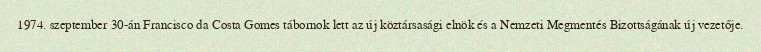
1974. szeptember 30-án Francisco da Costa Gomes tábornok lett az új köztársasági elnök és a Nemzeti Megmentés Bizottságának új vezetője.